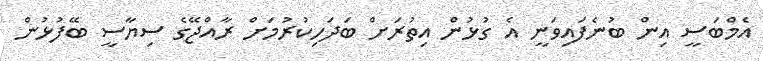
އެމްބަސީ އިން ބުނެފައިވަނީ އެ ގުޅުން އިތުރަށް ބަދަހިކުރުމަށް ރާއްޖޭގެ ސިޔާސީ ބޭފުޅުން